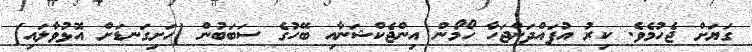
ގަޔަށް ޖެހުމެވެ. ކިރު އުފައްދަންޖަހާ ހޯމޯން އިންޖެކްޝަނާއި ބޭހުގެ ސަބަބުން [ހަށިގަނޑަށް އޮޅުވާލައި]